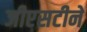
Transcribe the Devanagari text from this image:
जीएसटीने